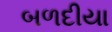
બળદીયા